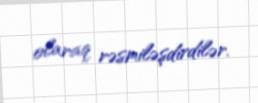
olaraq rəsmiləşdirdilər.